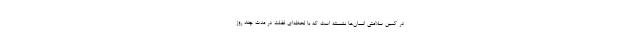
در کمین سلامتی انسان‌ها نشسته است که با لحظه‌ای غفلت در مدت چند روز